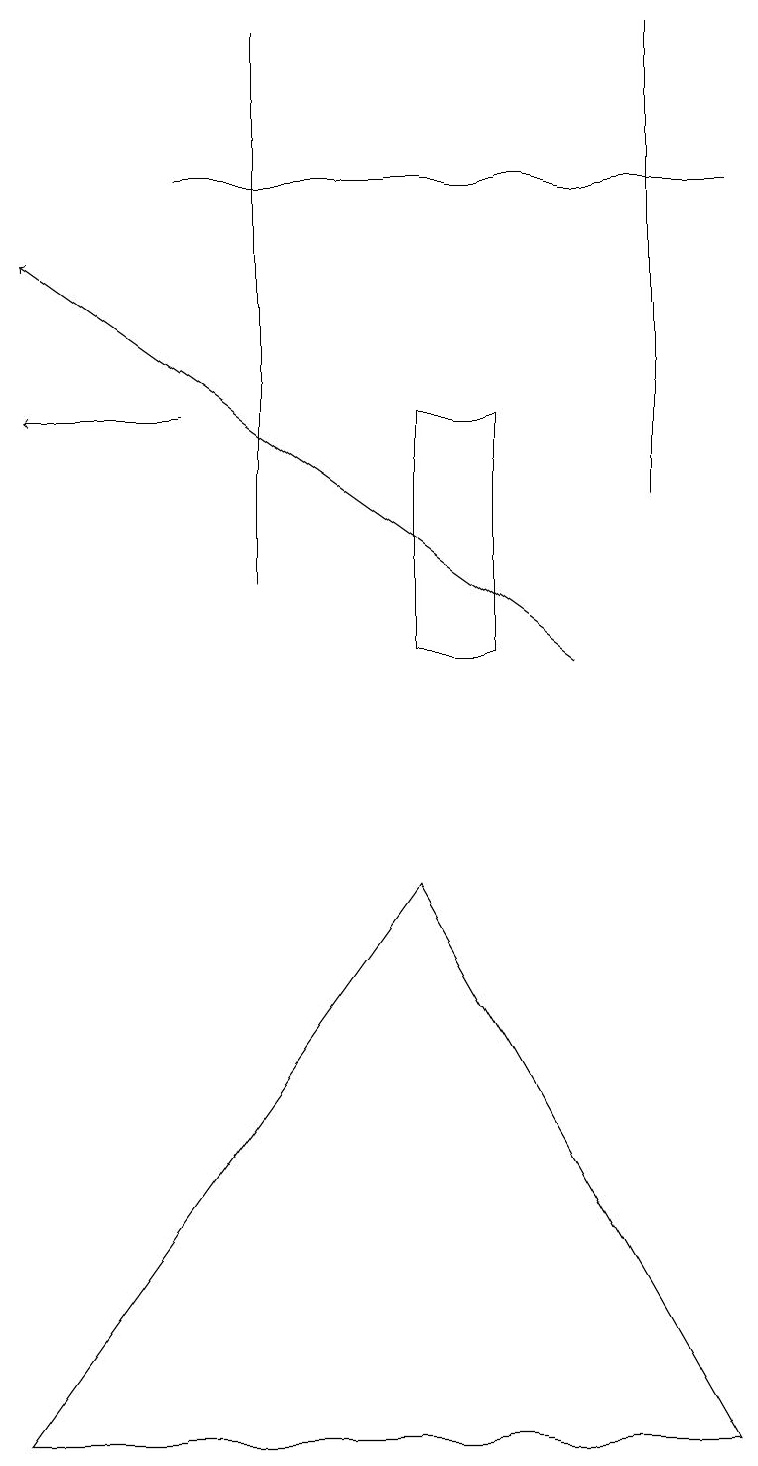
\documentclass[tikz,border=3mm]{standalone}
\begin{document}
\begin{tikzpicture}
\draw (3,19) rectangle (3,12);
\draw (6,14) rectangle (5,11);
\draw[->] (7,11) -- (0,16);
\draw (8,19) rectangle (8,13);
\draw[->] (2,14) -- (0,14);
\draw (9,1) -- (0,1) -- (5,8) -- cycle;
\draw (2,17) rectangle (9,17);
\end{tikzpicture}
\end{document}